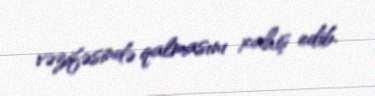
vəzifəsində qalmasını xahiş edib.